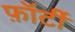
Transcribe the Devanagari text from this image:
फ़ॉर्टी